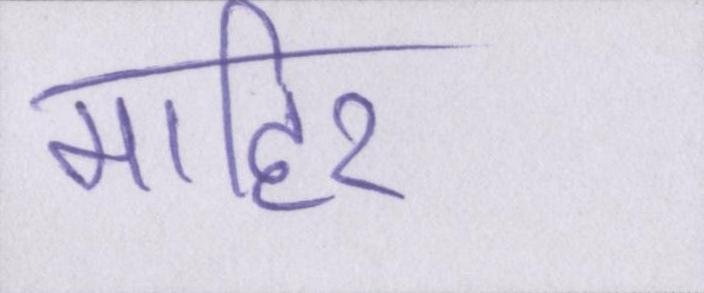
माहिर